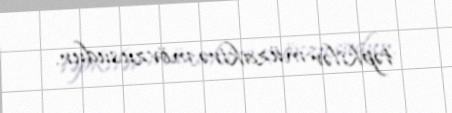
təpkilər müzakirə mövzusudur.